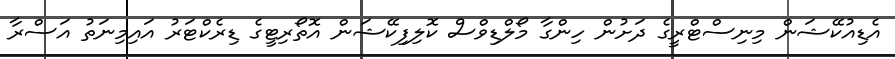
އެޑިއުކޭޝަން މިނިސްޓްރީގެ ދަށުން ހިންގާ މޯލްޑިވްސް ކޮލިފިކޭޝަން އޮތޯރިޓީގެ ޑިރެކްޓަރު އައިމިނަތު އަސްރާ